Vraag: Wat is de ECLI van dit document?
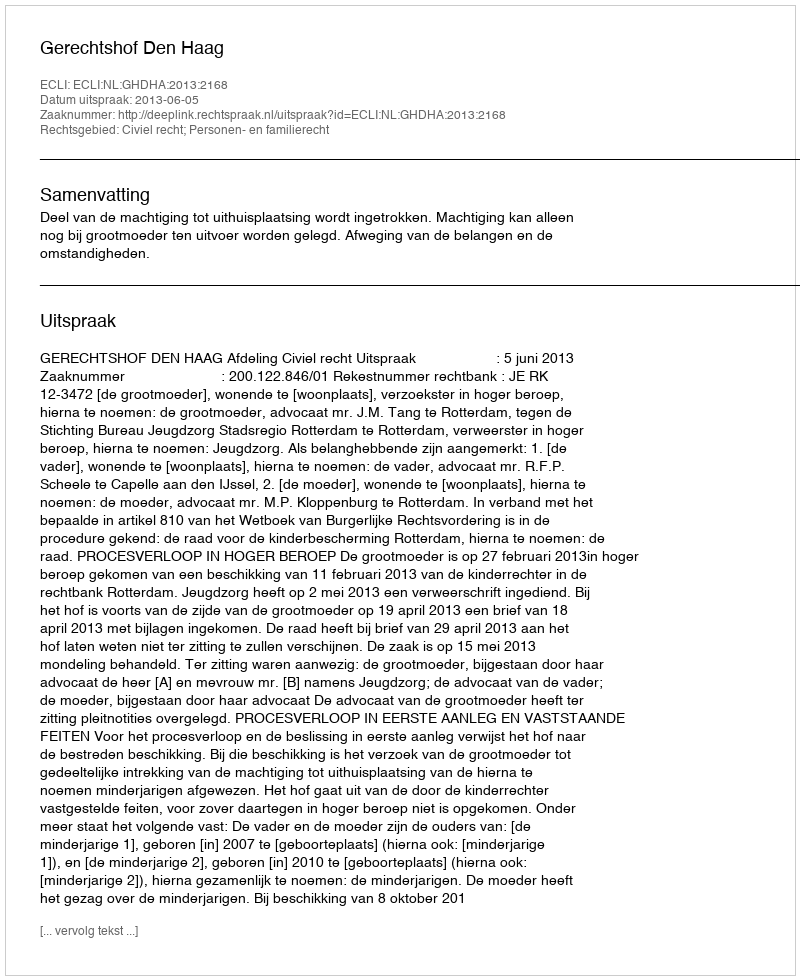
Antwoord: ECLI:NL:GHDHA:2013:2168